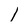
Character: 1